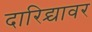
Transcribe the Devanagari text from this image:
दारिद्र्यावर